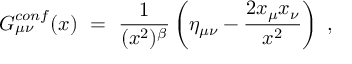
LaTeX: G _ { \mu \nu } ^ { c o n f } ( x ) ~ = ~ \frac { 1 } { ( x ^ { 2 } ) ^ { \beta } } \left( \eta _ { \mu \nu } - \frac { 2 x _ { \mu } x _ { \nu } } { x ^ { 2 } } \right) ~ ,